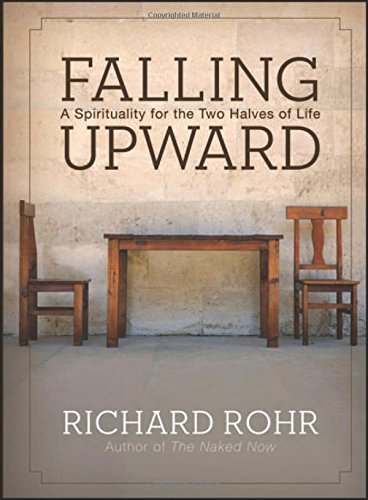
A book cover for Falling Upward: A Spirituality for the Two Halves of Life; Richard Rohr; Christian Books & Bibles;